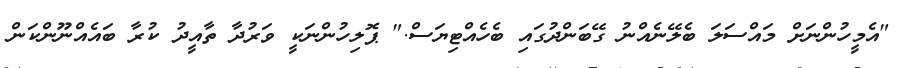
"އެމީހުންނަށް މައްސަލަ ބެލޭނެއްނު ގޭބަންދުގައި ބެހެއްޓިޔަސް." ޕޮލިހުންނަކީ ވަރުދާ ތާއީދު ކުރާ ބައެއްނޫންކަން